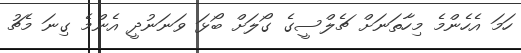
ހަމަ އެހެންމެ މިހާތަނަށް ޗެލްސީގެ ގޯލަށް ބޯޅަ ވަނަނުދީ އެންމެ ގިނަ މެޗު